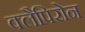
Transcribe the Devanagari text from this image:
क्लैपिरोन